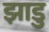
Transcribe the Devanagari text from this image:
झाडु